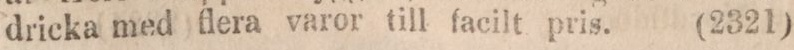
dricka med flera varor till facilt pris.    (2321)